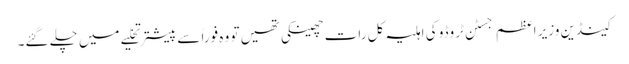
کینڈین وزیر اعظم جسٹن ٹروڈو کی اہلیہ کل رات چھینکی تھیں تو وہ فوراً سے پیشتر تخلیے میں چلے گئے۔